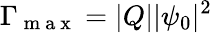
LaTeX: \Gamma_{\mathrm{~m~a~x~}}=|Q||\psi_{0}|^{2}